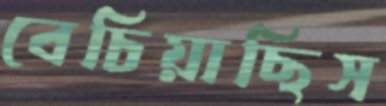
বেচিয়াছিস